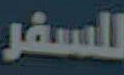
للسفر